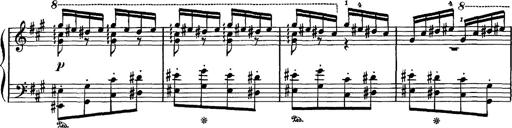
Title: Hungarian Rhapsody No.16
Composer: Franz Liszt
Key: A minor